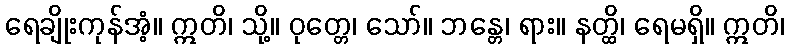
ရေချိုးကုန်အံ့။ ဣတိ၊ သို့။ ဝုတ္တေ၊ သော်။ ဘန္တေ၊ ရား။ နတ္ထိ၊ ရေမရှိ။ ဣတိ၊